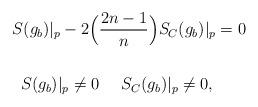
LaTeX: \begin{align*}S(g_b)|_p-2\Big(&\frac{2n-1}{n}\Big)S_C(g_b)|_p=0\\\phantom{========}&\\S(g_b)|_p\neq0&\phantom{ii}\phantom{ii}S_C(g_b)|_p\neq0,\end{align*}